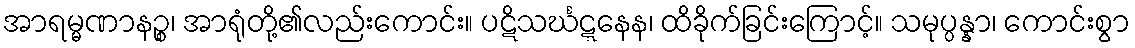
အာရမ္မဏာနဉ္စ၊ အာရုံတို့၏လည်းကောင်း။ ပဋိသင်္ဃဋ္ဋနေန၊ ထိခိုက်ခြင်းကြောင့်။ သမုပ္ပန္နာ၊ ကောင်းစွာ